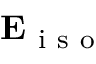
\mathbf { E } _ { \mathrm { ~ i ~ s ~ o ~ } }